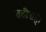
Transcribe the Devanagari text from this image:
तडीसही